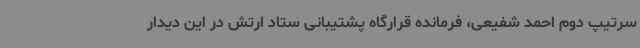
سرتیپ دوم احمد شفیعی، فرمانده قرارگاه پشتیبانی ستاد ارتش در این دیدار